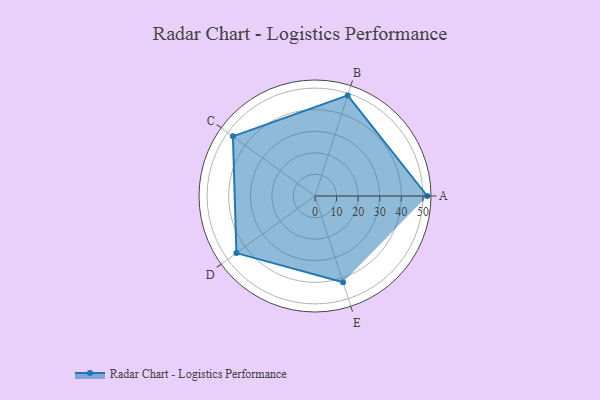
{"axis": {"x": "Skill", "y": "Score"}, "legend": ["Profile"], "data": [{"x": "A", "y": 52.0, "type": "Profile"}, {"x": "B", "y": 49.0, "type": "Profile"}, {"x": "C", "y": 47.0, "type": "Profile"}, {"x": "D", "y": 45.0, "type": "Profile"}, {"x": "E", "y": 42.0, "type": "Profile"}]}